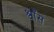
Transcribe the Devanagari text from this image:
श्वाँस